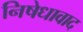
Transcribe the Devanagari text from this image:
निषेधावाद